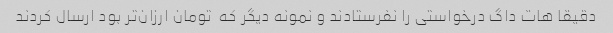
دقیقا هات داگ درخواستی را نفرستادند و نمونه دیگر که  تومان ارزان‌تر بود ارسال کردند